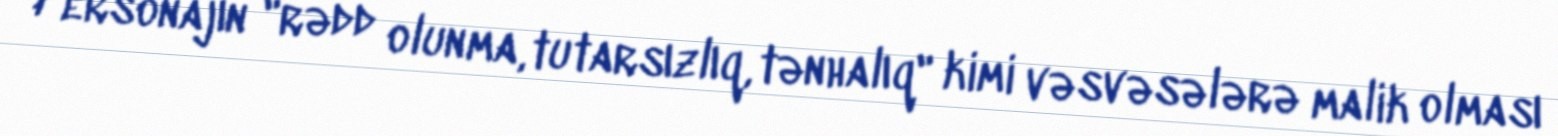
Personajın "rədd olunma, tutarsızlıq, tənhalıq" kimi vəsvəsələrə malik olması